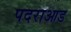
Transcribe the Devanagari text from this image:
पदराआड